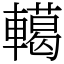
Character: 轕